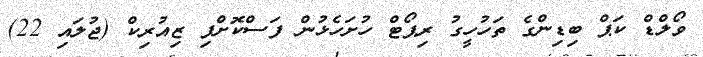
ވޯލްޑް ކަޕް ބިޑިންގެ ތަހުހީގު ރިޕޯޓް ހުށަހެޅުން ފަސްކޮށްފި ޒިއުރިކް (ޖުލައި 22)